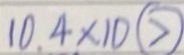
1 0 . 4 \times 1 0 \textcircled { > }